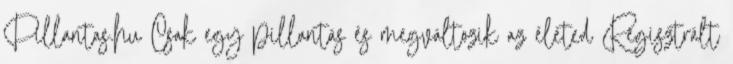
Pillantas.hu Csak egy pillantás és megváltozik az életed Regisztrált